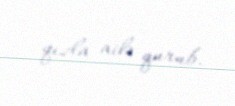
qızla ailə qurub.